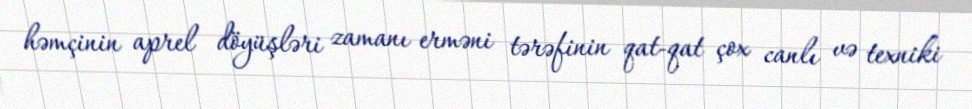
həmçinin aprel döyüşləri zamanı erməni tərəfinin qat-qat çox canlı və texniki